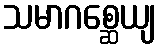
သမာဂစ္ဆေယျ